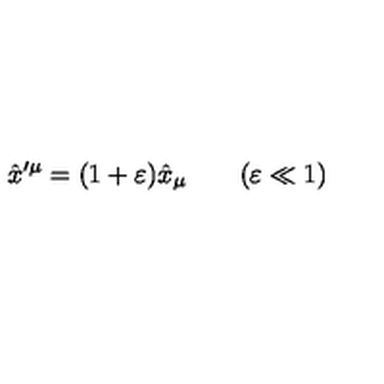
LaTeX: \hat { x } ^ { \prime \mu } = ( 1 + \varepsilon ) \hat { x } _ { \mu } \qquad ( \varepsilon \ll 1 )